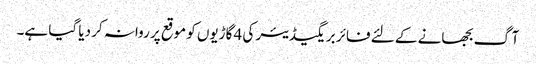
آگ بجھانے کے لئے فائر بریگیڈیئر کی 4 گاڑیوں کو موقع پر روانہ کر دیا گیا ہے۔